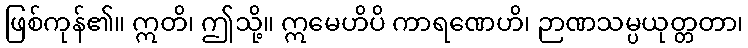
ဖြစ်ကုန်၏။ ဣတိ၊ ဤသို့။ ဣမေဟိပိ ကာရဏေဟိ၊ ဉာဏသမ္ပယုတ္တတာ၊